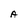
Character: A